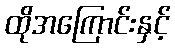
ထိုအကြောင်းနှင့်